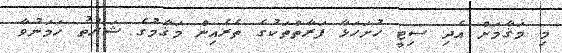
މި މަޤާމަށް އެދި ސިޓީ ހުށަހަޅާ ފަރާތްތަކުގެ ތެރެއިން މަޤާމުގެ ޝަރުޠު ހަމަނުވާ